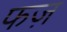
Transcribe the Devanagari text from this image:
फज़